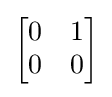
{\begin{bmatrix}0&1\\0&0\end{bmatrix}}